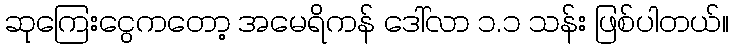
ဆုကြေးငွေကတော့ အမေရိကန် ဒေါ်လာ ၁.၁ သန်း ဖြစ်ပါတယ်။